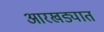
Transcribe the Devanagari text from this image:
आरखड्यात